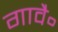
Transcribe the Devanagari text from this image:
गावै॰